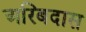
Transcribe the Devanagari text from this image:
अरिबदास